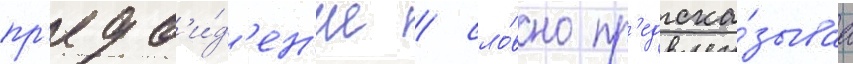
пр'едв'и́д'ен'ие / сло́вно пр'едска́зываа